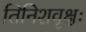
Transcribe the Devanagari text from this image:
तिनिशवृक्षः